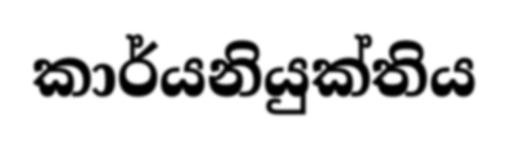
කාර්යනියුක්තිය